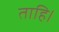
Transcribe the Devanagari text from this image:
ताहि।